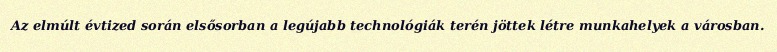
Az elmúlt évtized során elsősorban a legújabb technológiák terén jöttek létre munkahelyek a városban.